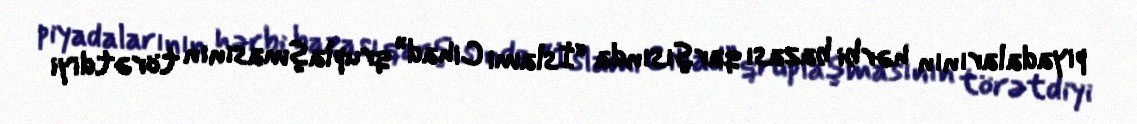
piyadalarının hərbi bazası qarşısında “İslami Cihad” qruplaşmasının törətdiyi